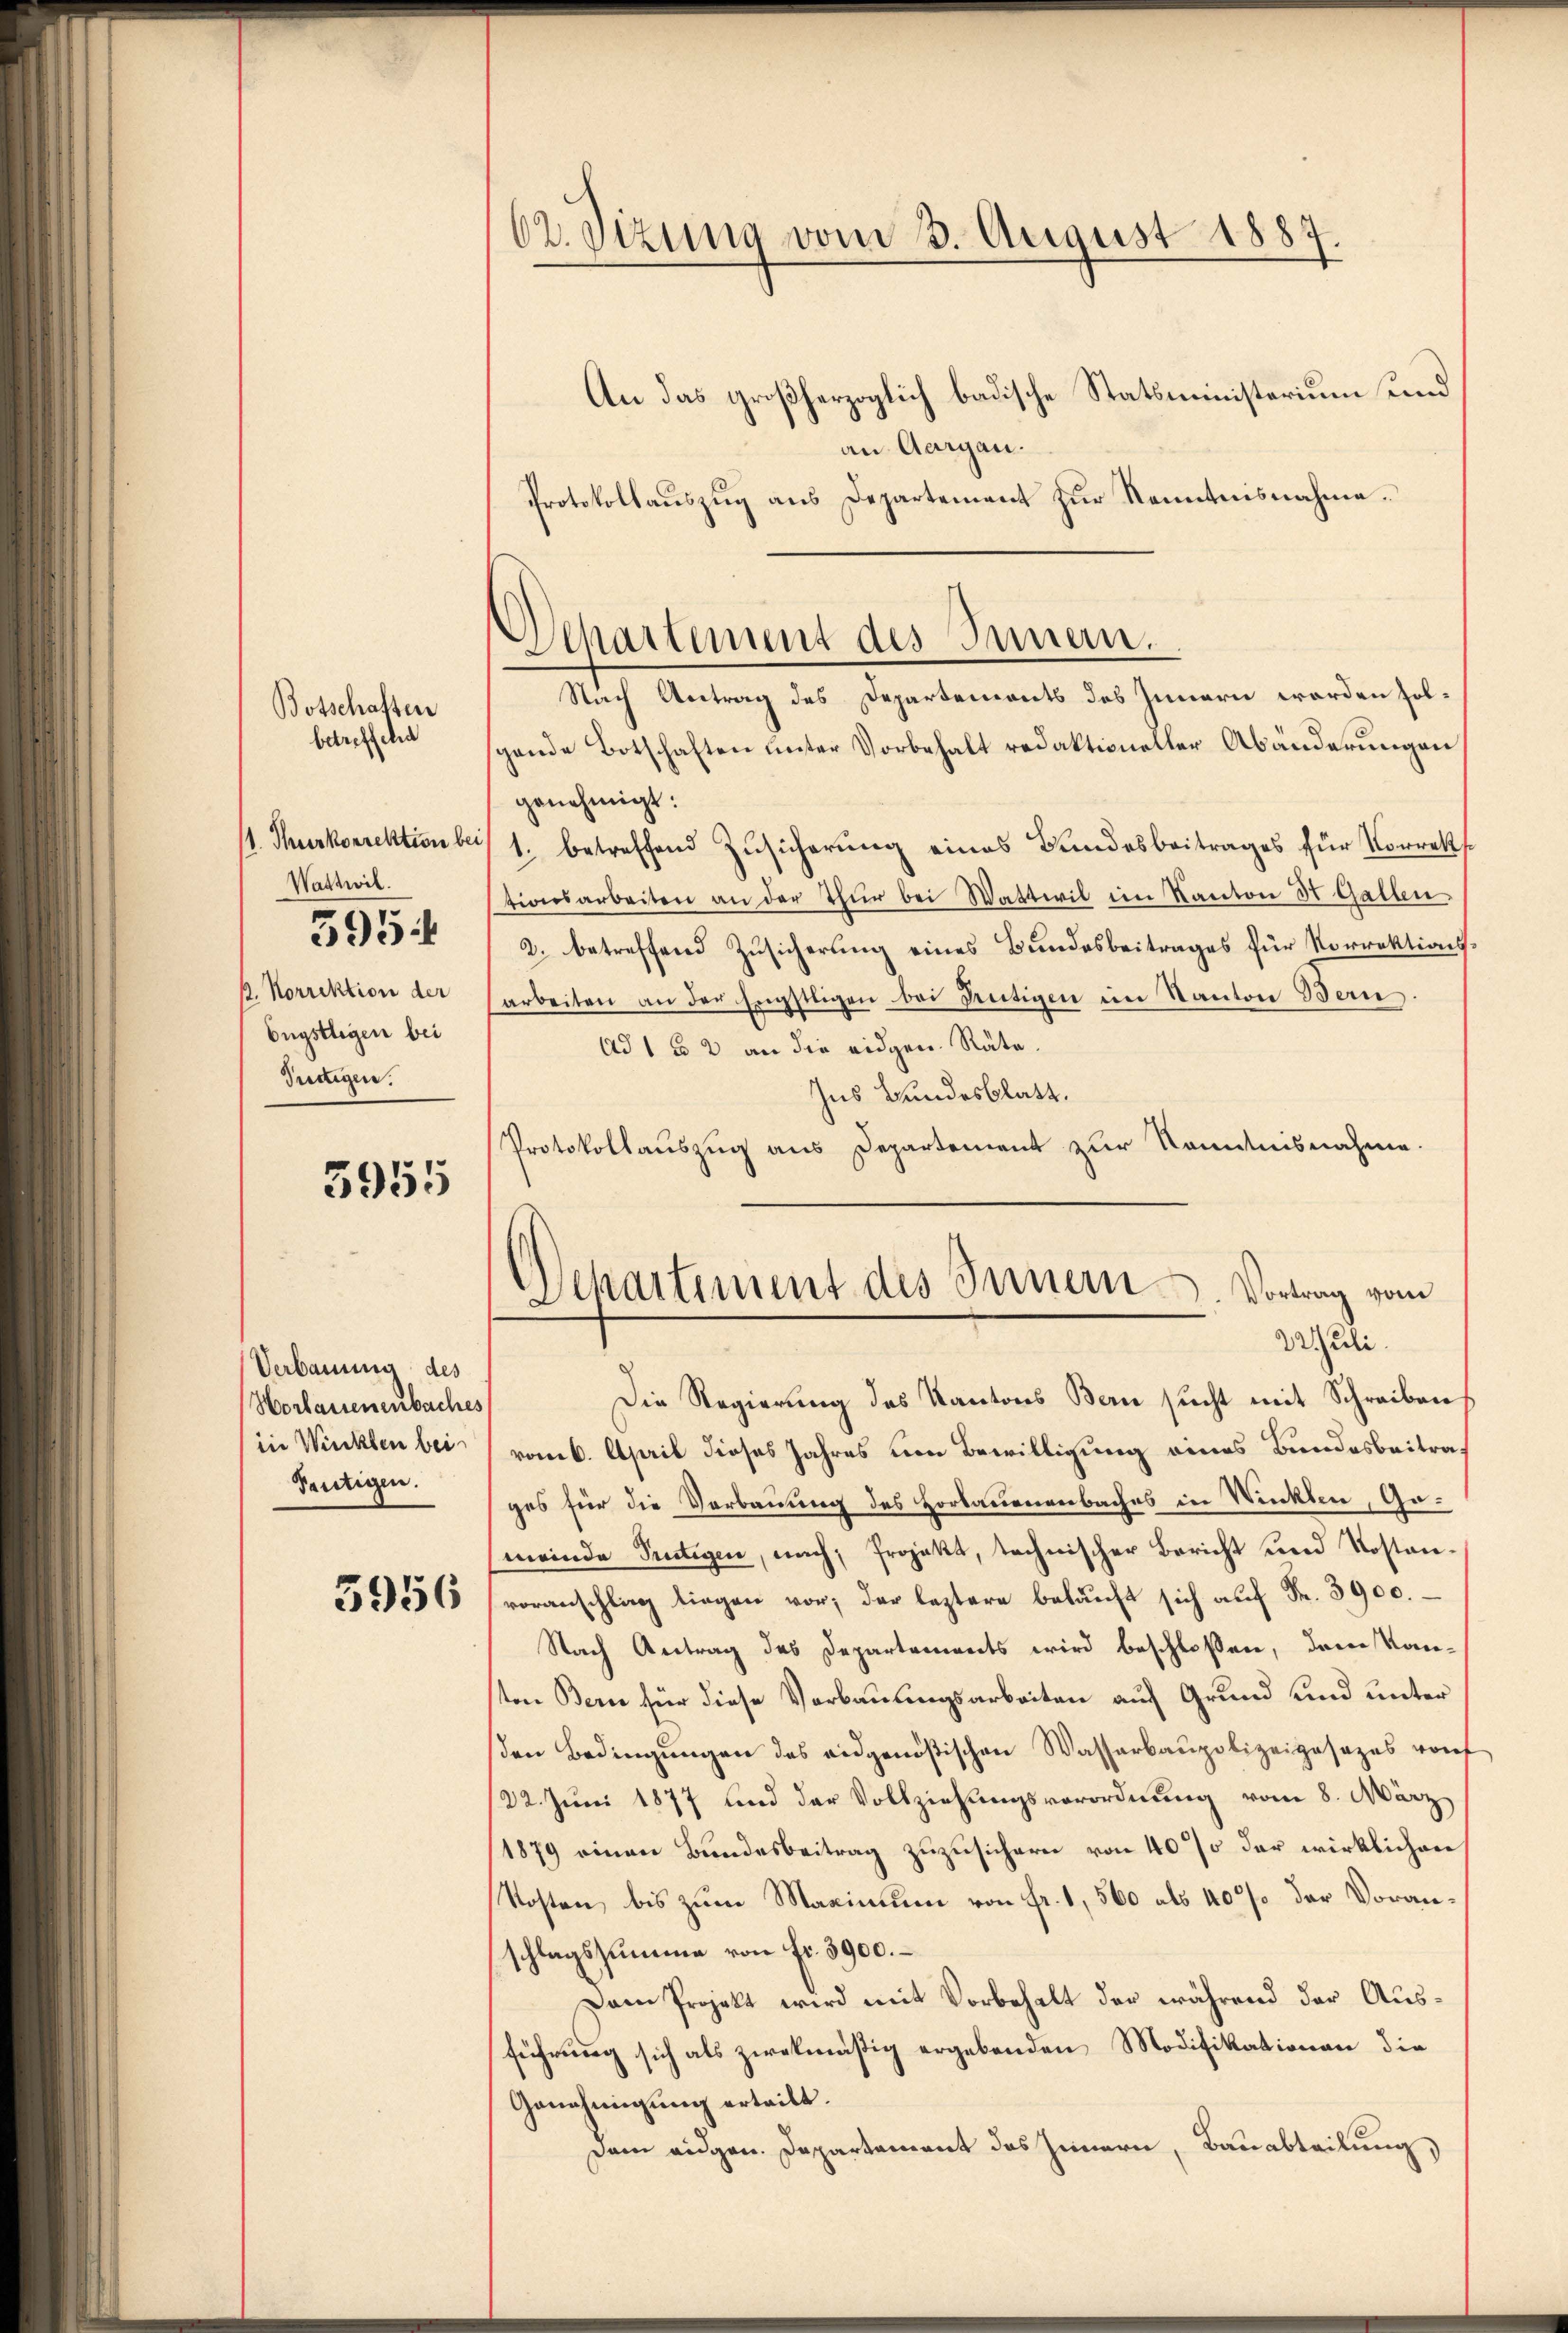
Botschaften
betreffend
1. Thurkorrektion bes
Wattwil
595
. Korrektion der
Engstliegen bei
Tüttigen.

3955

Verbauung des
Horbauenenbaches
in Winklen bei
Teutigen.

3956

62. Sizung vom 3. August 1887.

Separtement des Innern.

An das großherzoglich badische Statsministerium und
an Aargau.
Protokollauszug aus Departement zur Kenntnisnahme.
Nach Antrag des Departements des Innern worden solgende Botschaften ŭnter Vorbehalt redaktioneller Abänderungen
genehmigt:
1. betreffend Zusicherung eines Bundesbeitrages für Vorrektionsarbeiten an der Thür bei Wattwil im Kanton St. Gallen.
2. betreffend Zusicherung eines Bundesbeitrages für Vorrektionsarbeiten an der Engstligen bei Rütigen im Kanton Bern.
Ad 1 § 2 an die eidgen. Räte.
Ins Bundesblatt.
Protokollauszug aus Departement zur Kenntnisnahme.
Departement des Innern. Vortrag vom
22 Juli.
Die Regierung des Kantons Bern sucht mit Schreiben,
vom 6. April dieses Jahres von Bewilligung eines Bundesbeitrages für die Verbauung des Horbauenverbaches in Winklen, Gomeinde Putigen, nach Projekt, technischer Bericht und Kostanvoranschlag liegen vor; der leztere bekauft sich auf Fr. 3900.
Nach Antrag des Departements wird beschloßen, dem Kanton Bern für diese Verbauungsarbeiten auf Grund und unter
den Bedingungen des eidgenößischen Wasserbaupolizeigesezes vorf
/22. Juni 1877 und der Vollziehungsverordnung vom 8. März
1879 einen Bundesbeitrag zuzusichern von 40% der wirklichen
Kosten, bis zum Maximum von fr. 1, 560 als 40% der Voranschlagssumme von fr. 3900. –
Dem Projekt wird mit Vorbehalt der während der Ausführung sich als zwekmäßig ergebenden Modifikationen die
Genehmigung erteilt.
Dem eidgen. Departement des Innern, Bauabteilung,